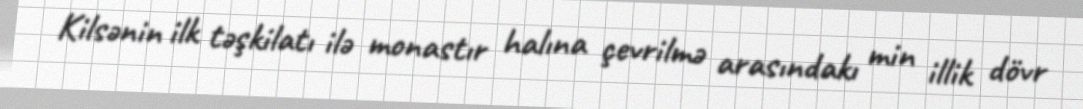
Kilsənin ilk təşkilatı ilə monastır halına çevrilmə arasındakı min illik dövr